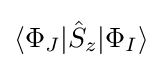
\langle \Phi _{J}|{\hat {S}}_{z}|\Phi _{I}\rangle